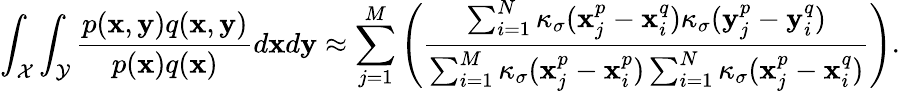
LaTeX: \int_{\mathcal{X}}\int_{\mathcal{Y}}\frac{p(\mathbf{x},\mathbf{y})q(\mathbf{x},\mathbf{y})}{p(\mathbf{x})q(\mathbf{x})}d\mathbf{x}d\mathbf{y}\approx\sum_{j=1}^{M}\left(\frac{\sum_{i=1}^{N}\kappa_{\sigma}(\mathbf{x}_{j}^{p}-\mathbf{x}_{i}^{q})\kappa_{\sigma}(\mathbf{y}_{j}^{p}-\mathbf{y}_{i}^{q})}{\sum_{i=1}^{M}\kappa_{\sigma}(\mathbf{x}_{j}^{p}-\mathbf{x}_{i}^{p})\sum_{i=1}^{N}\kappa_{\sigma}(\mathbf{x}_{j}^{p}-\mathbf{x}_{i}^{q})}\right).